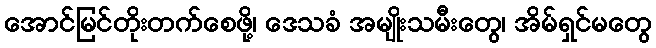
အောင်မြင်တိုးတက်စေဖို့၊ ဒေသခံ အမျိုးသမီးတွေ၊ အိမ်ရှင်မတွေ